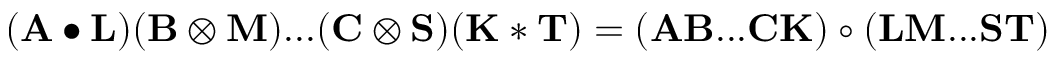
( \mathbf { A } \bullet \mathbf { L } ) ( \mathbf { B } \otimes \mathbf { M } ) . . . ( \mathbf { C } \otimes \mathbf { S } ) ( \mathbf { K } \ast \mathbf { T } ) = ( \mathbf { A } \mathbf { B } . . . \mathbf { C } \mathbf { K } ) \circ ( \mathbf { L } \mathbf { M } . . . \mathbf { S } \mathbf { T } )